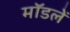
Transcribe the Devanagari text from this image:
मॉडलें